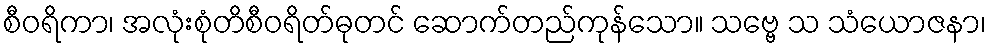
စီဝရိကာ၊ အလုံးစုံတိစီဝရိတ်ဓုတင် ဆောက်တည်ကုန်သော။ သဗ္ဗေ သ သံယောဇနာ၊